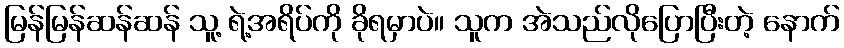
မြန်မြန်ဆန်ဆန် သူ့ ရဲ့အရိပ်ကို ခိုရမှာပဲ။ သူက အဲသည်လိုပြောပြီးတဲ့ နောက်